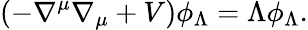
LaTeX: (-\nabla^{\mu}\nabla_{\mu}+V)\phi_{\Lambda}=\Lambda\phi_{\Lambda}.